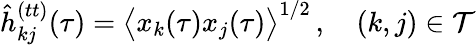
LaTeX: \hat{h}_{kj}^{(tt)}(\tau)=\big\langle x_{k}(\tau)x_{j}(\tau)\big\rangle^{1/2}\, ,\quad(k,j)\in\mathcal{T}